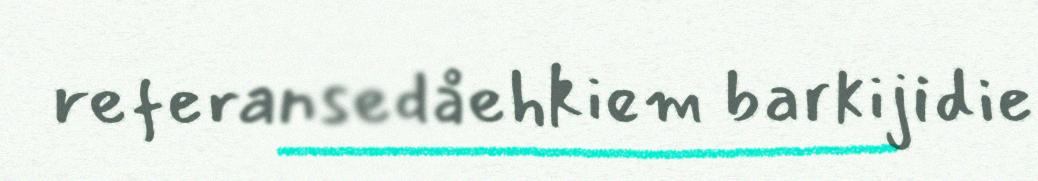
referansedåehkiem barkijidie